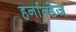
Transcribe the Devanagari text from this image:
हर्नान्डेज